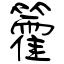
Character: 籗